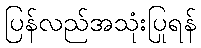
ပြန်လည်အသုံးပြုရန်